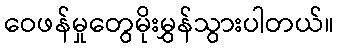
ဝေဖန်မှုတွေမိုးမွှန်သွားပါတယ်။